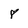
Character: 8